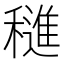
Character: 𬔀